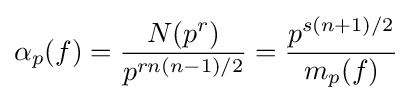
\alpha _{p}(f)={N(p^{r}) \over p^{rn(n-1)/2}}={p^{s(n+1)/2} \over m_{p}(f)}